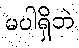
မပါရှိဘဲ